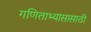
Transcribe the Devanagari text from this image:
गणिताभ्यासासाठी